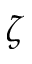
\zeta